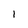
Character: 1